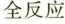
全反应